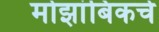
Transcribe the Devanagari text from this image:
मोझांबिकचे